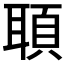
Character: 𦖦